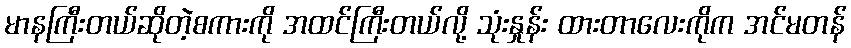
မာနကြီးတယ်ဆိုတဲ့စကားကို အထင်ကြီးတယ်လို့ သုံးနှုန်း ထားတာလေးကိုက အင်မတန်